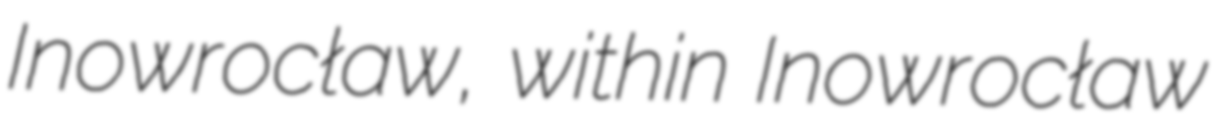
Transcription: Inowrocław, within Inowrocław